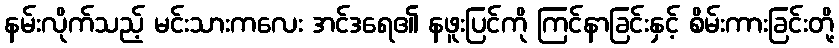
နမ်းလိုက်သည့် မင်းသားကလေး အင်ဒရေ၏ နဖူးပြင်ကို ကြင်နာခြင်းနှင့် စိမ်းကားခြင်းတို့